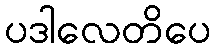
ပဒါလေတိပေ